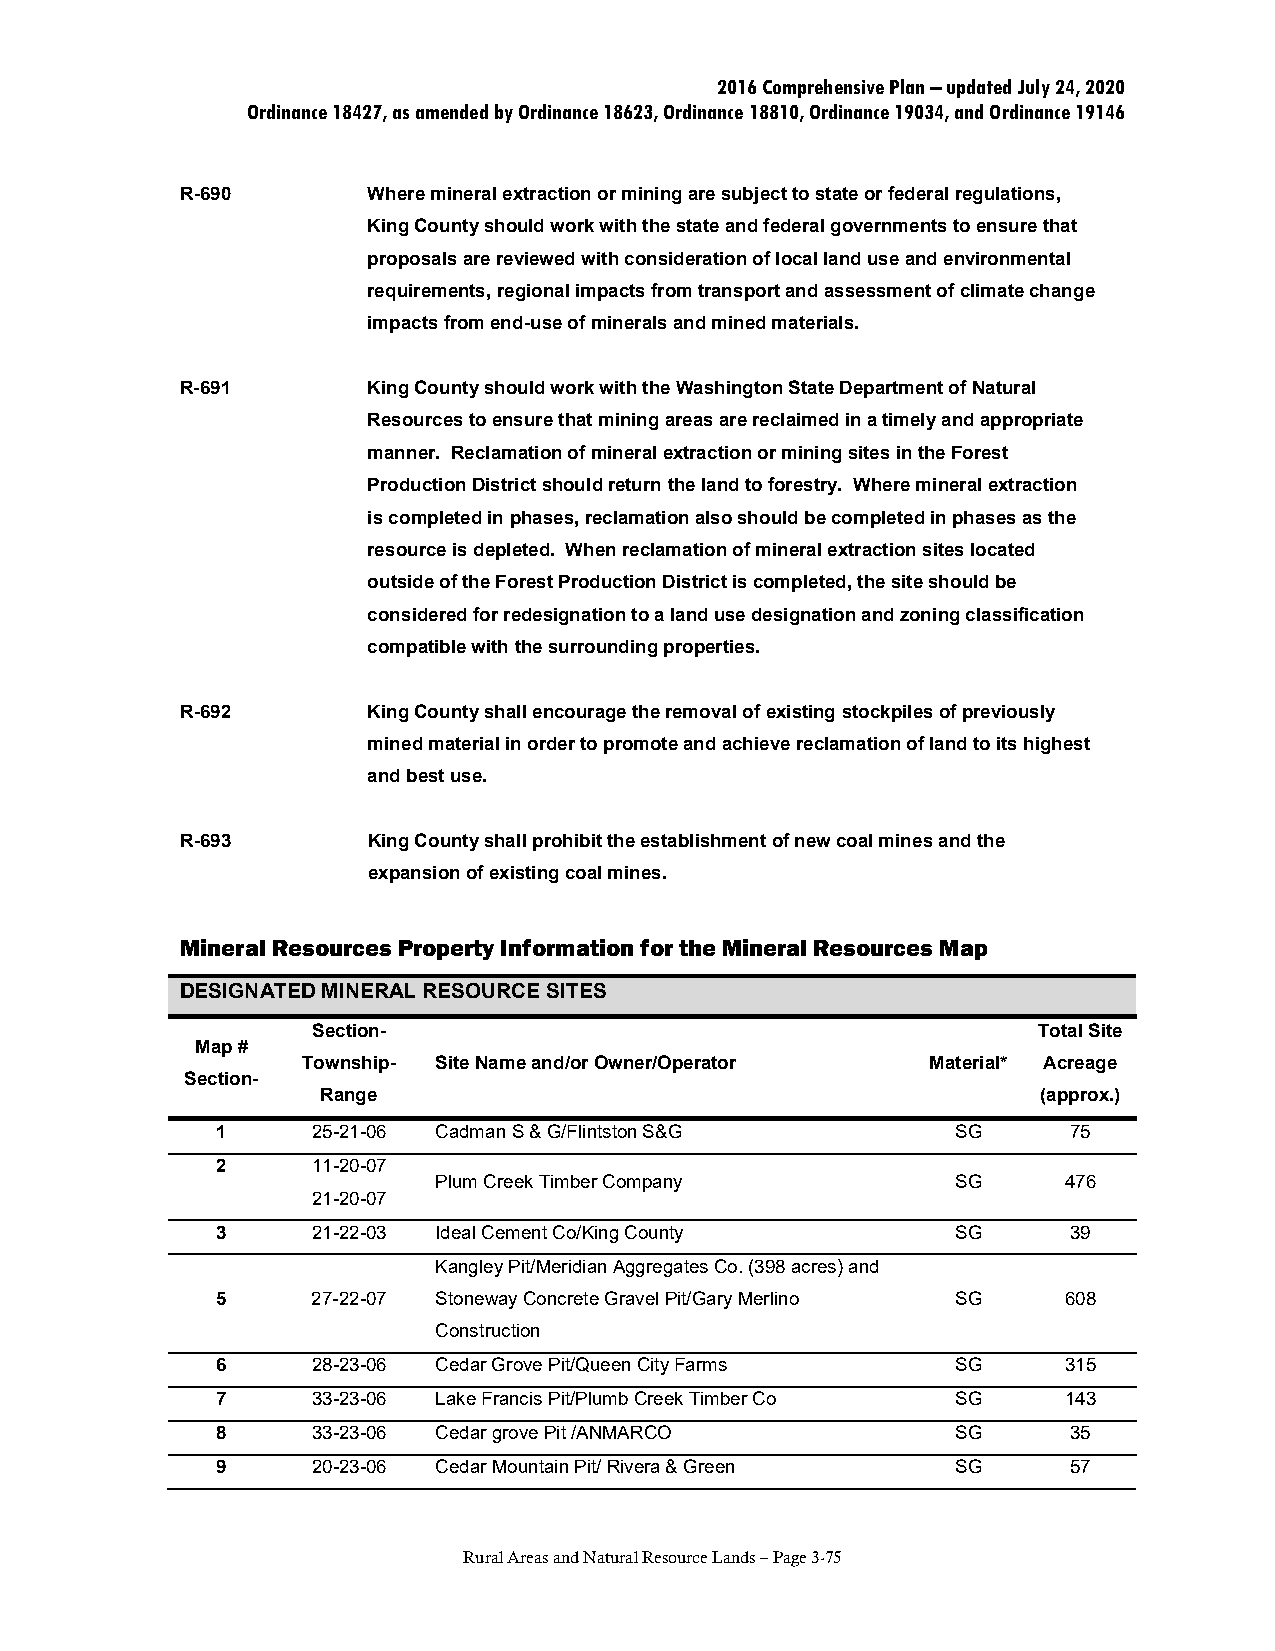
2016 Comprehensive Plan – updated July 24, 2020
 Ordinance 18427, as amended by Ordinance 18623, Ordinance 18810, Ordinance 19034, and Ordinance 19146
 R-690       Where mineral extraction or mining are subject to state or federal regulations,
 King County should work with the state and federal governments to ensure that
 proposals are reviewed with consideration of local land use and environmental
 requirements, regional impacts from transport and assessment of climate change
 impacts from end-use of minerals and mined materials.
 R-691       King County should work with the Washington State Department of Natural
 Resources to ensure that mining areas are reclaimed in a timely and appropriate
 manner. Reclamation of mineral extraction or mining sites in the Forest
 Production District should return the land to forestry. Where mineral extraction
 is completed in phases, reclamation also should be completed in phases as the
 resource is depleted. When reclamation of mineral extraction sites located
 outside of the Forest Production District is completed, the site should be
 considered for redesignation to a land use designation and zoning classification
 compatible with the surrounding properties.
 R-692       King County shall encourage the removal of existing stockpiles of previously
 mined material in order to promote and achieve reclamation of land to its highest
 and best use.
 R-693       King County shall prohibit the establishment of new coal mines and the
 expansion of existing coal mines.
 Mineral Resources Property Information for the Mineral Resources Map
 DESIGNATED MINERAL RESOURCE SITES
 Section-                                        Total Site
 Map #
 Township- Site Name and/or Owner/Operator Material* Acreage
 Section-
 Range                                           (approx.)
 1      25-21-06 Cadman S & G/Flintston S&G       SG      75
 2      11-20-07
 Plum Creek Timber Company         SG     476
 21-20-07
 3      21-22-03 Ideal Cement Co/King County      SG      39
 Kangley Pit/Meridian Aggregates Co. (398 acres) and
 5      27-22-07 Stoneway Concrete Gravel Pit/Gary Merlino SG 608
 Construction
 6      28-23-06 Cedar Grove Pit/Queen City Farms SG     315
 7      33-23-06 Lake Francis Pit/Plumb Creek Timber Co SG 143
 8      33-23-06 Cedar grove Pit /ANMARCO         SG      35
 9      20-23-06 Cedar Mountain Pit/ Rivera & Green SG    57
 Rural Areas and Natural Resource Lands – Page 3-75